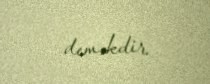
deməkdir.